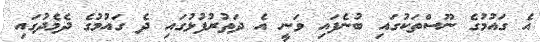
އެ ގައުމުގެ ނޫސްތަކުގައި ބުނެފައި ވަނީ އެ ދަތުރުފުޅުގައި ދެ ގައުމުގެ ދެމެދުގައި